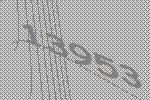
13953